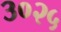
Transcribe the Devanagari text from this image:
३०२५